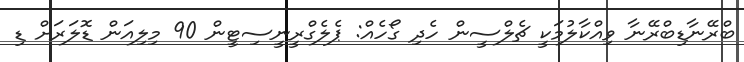
ބްރޭނާޑިބްރޭނާ ވިއްކާލުމަކީ ޗެލްސީން ހެދި ގޯހެއް: ޕެލެގްރީނީސިޓީން 90 މިލިއަން ޑޮލަރަށް ޑި